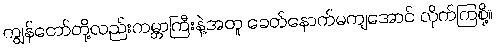
ကျွန်တော်တို့လည်းကမ္ဘာကြီးနဲ့အတူ ခေတ်နောက်မကျအောင် လိုက်ကြစို့။